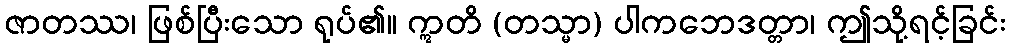
ဇာတဿ၊ ဖြစ်ပြီးသော ရုပ်၏။ ဣတိ (တသ္မာ) ပါကဘေဒတ္တာ၊ ဤသို့ရင့်ခြင်း